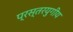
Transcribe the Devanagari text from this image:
प्रस्तरयुगीय